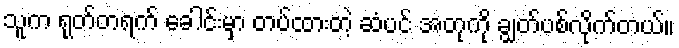
သူက ရုတ်တရက် ခေါင်းမှာ တပ်ထားတဲ့ ဆံပင် အတုကို ချွတ်ပစ်လိုက်တယ်။